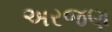
અરજણ